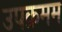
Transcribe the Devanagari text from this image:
उपक्रमम